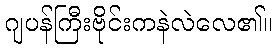
ဂျပန်ကြီးဗိုင်းကနဲလဲလေ၏။